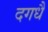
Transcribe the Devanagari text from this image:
दगधै